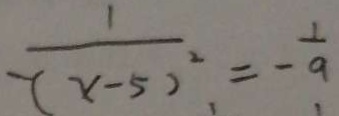
\frac { 1 } { - ( x - 5 ) ^ { 2 } } = - \frac { 1 } { 9 }